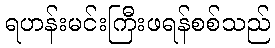
ရဟန်းမင်းကြီးဖရန်စစ်သည်